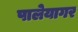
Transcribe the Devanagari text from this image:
पालेयागर